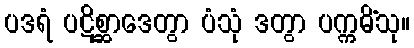
ပဒရံ ပဋိစ္ဆာဒေတွာ ပံသုံ ဒတွာ ပက္ကမိံသု။